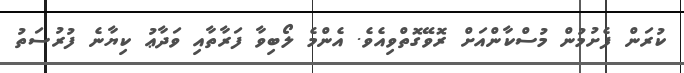
ކުރަން ފެށުމުން މުސްކާންއަށް ރޮވޭގޮތްވިއެވެ. އެންމެ ލޯބިވާ ފަރާތާއި ވަދާޢު ކިޔާނެ ފުރުސަތު